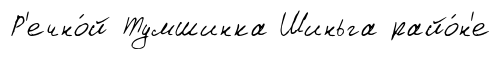
Р'ечно́й Тумшинка Шиньга райо́н'е